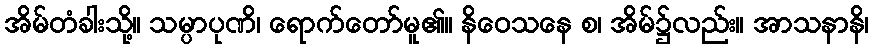
အိမ်တံခါးသို့။ သမ္ပာပုဏိ၊ ရောက်တော်မူ၏။ နိဝေသနေ စ၊ အိမ်၌လည်း။ အာသနာနိ၊